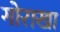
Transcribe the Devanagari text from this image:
गोराखा